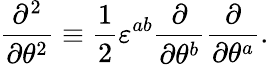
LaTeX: \frac{\partial^{2}}{\partial\theta^{2}}\equiv\frac{1}{2}\varepsilon^{ab}\frac{\partial}{\partial\theta^{b}}\frac{\partial}{\partial\theta^{a}}.